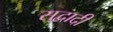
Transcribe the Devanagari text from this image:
सद्वादी